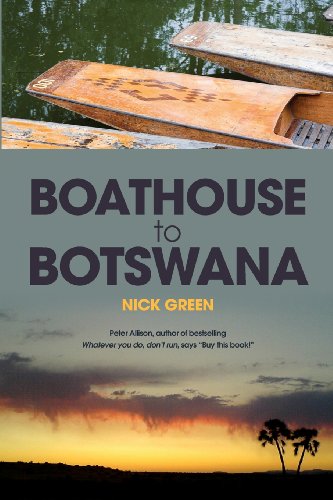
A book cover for Boathouse to Botswana; Nick Green; Travel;